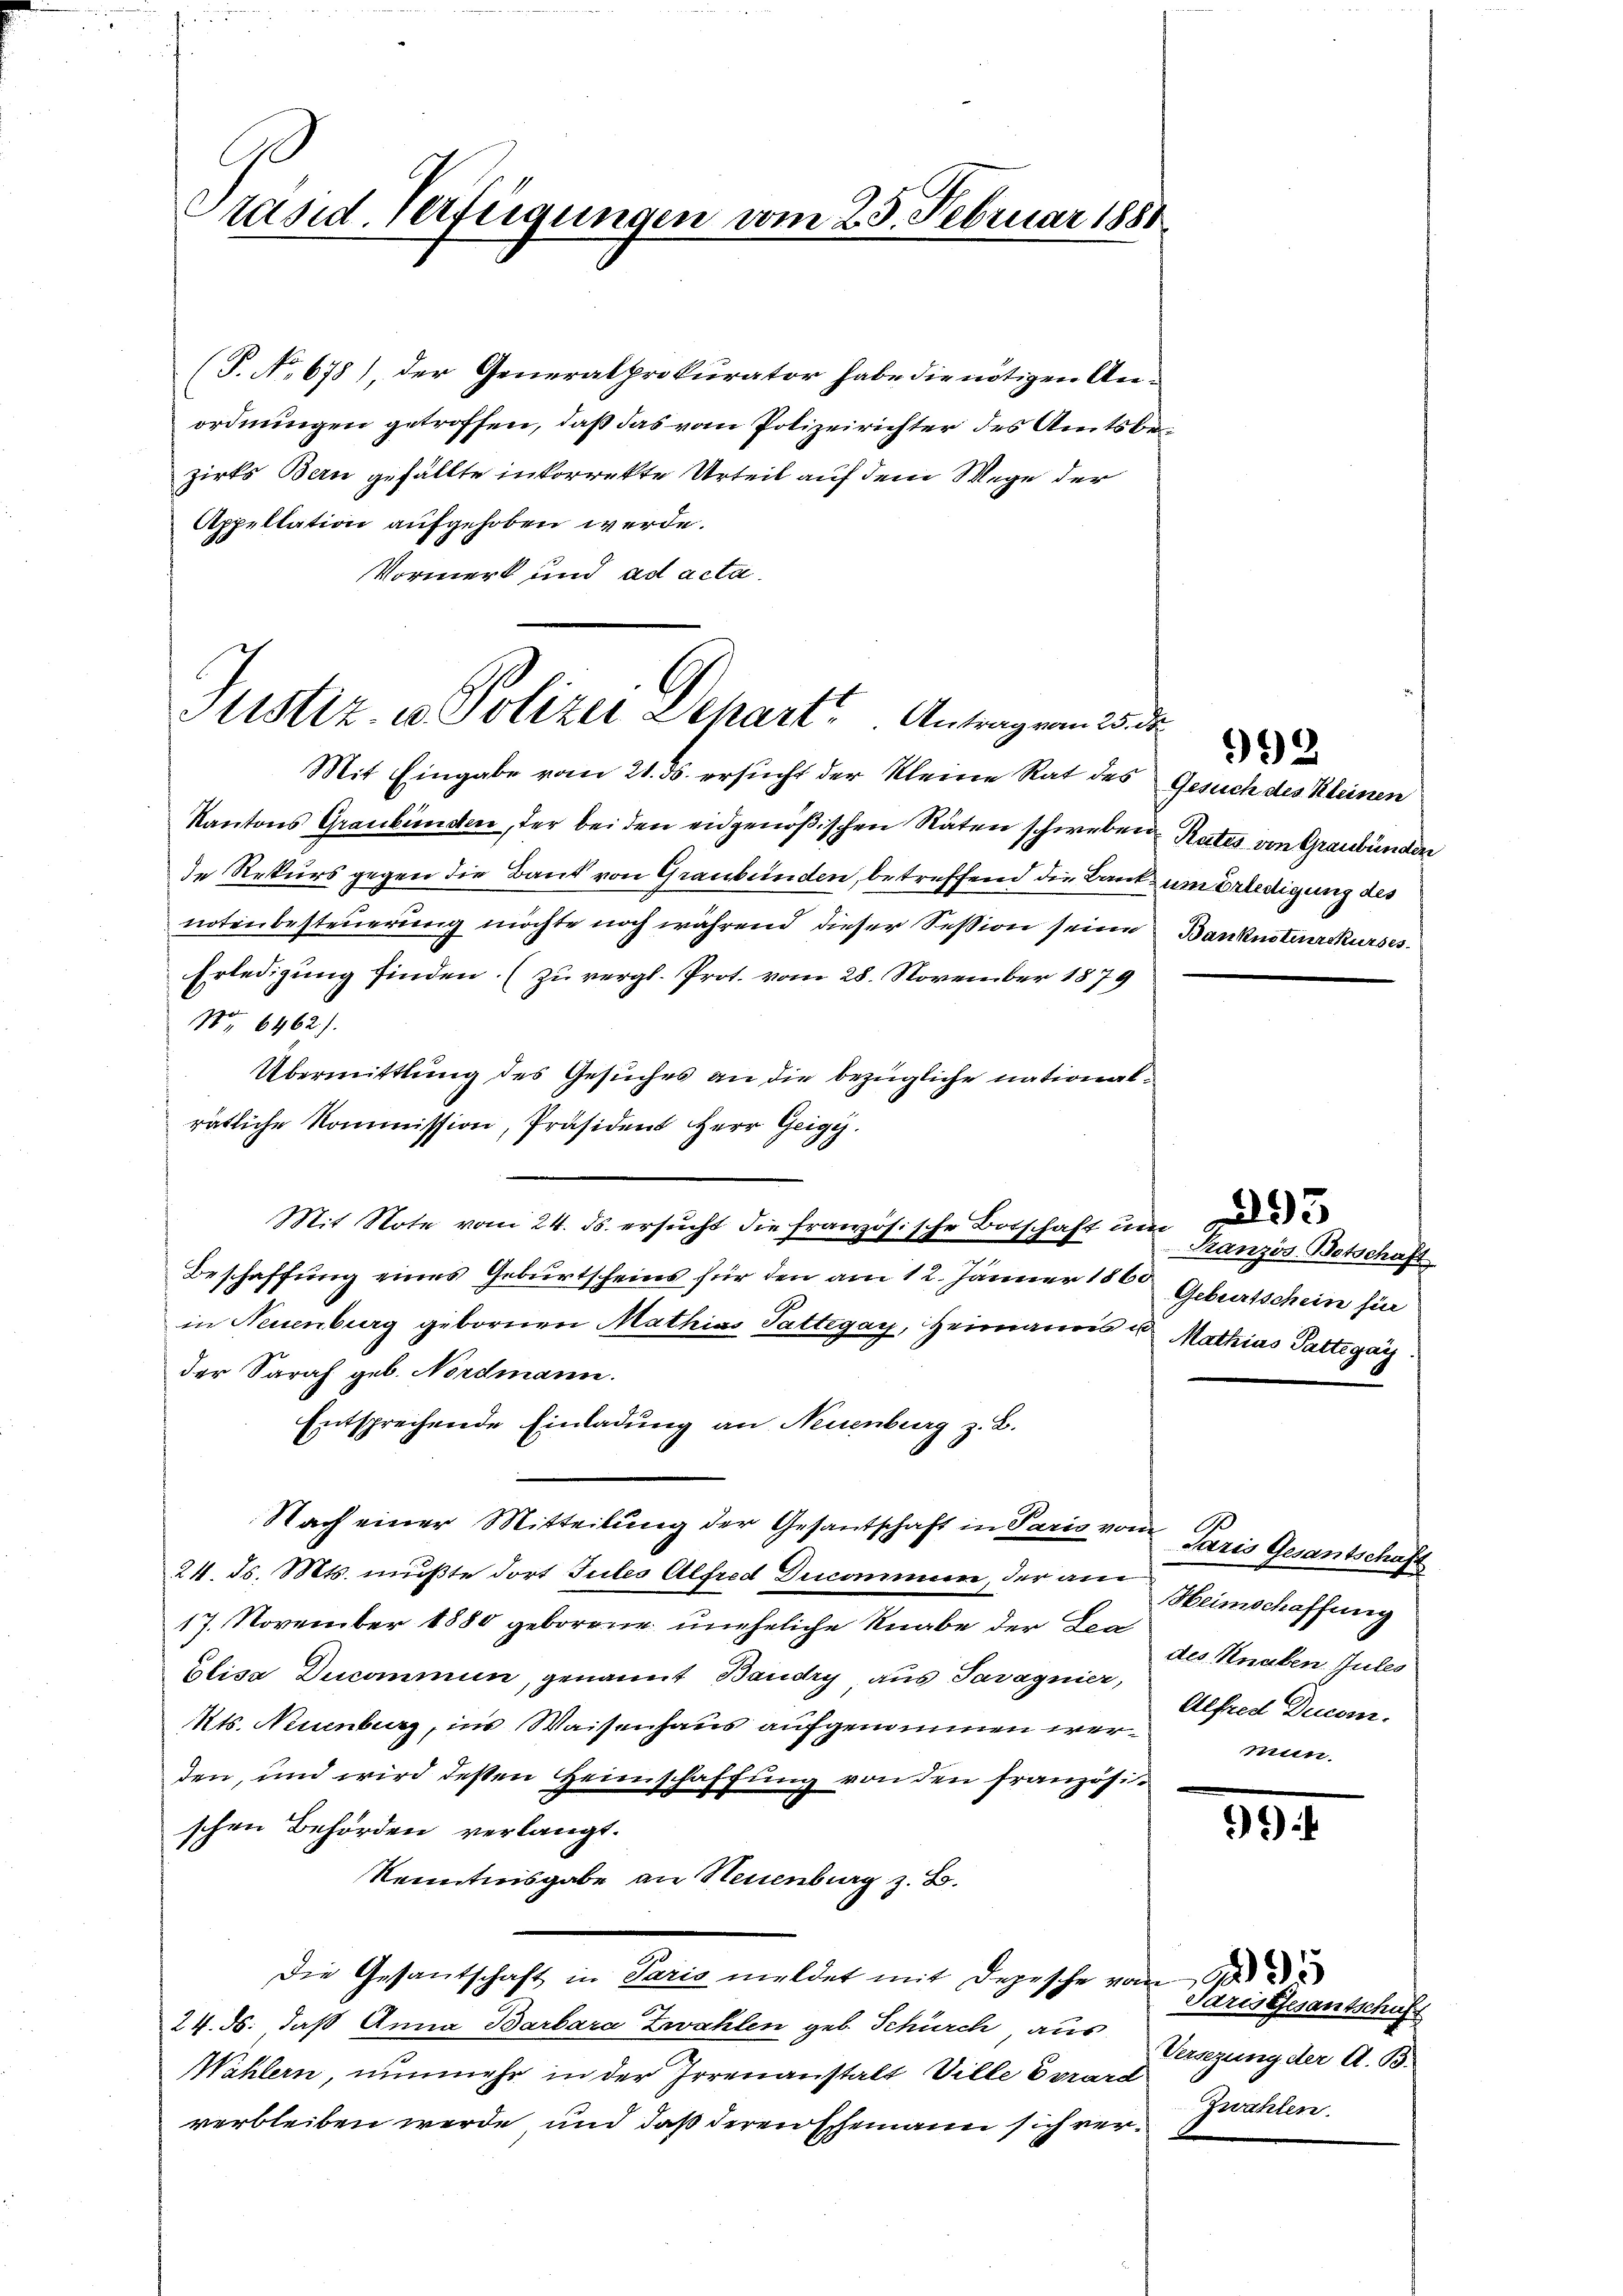
Appellation aufgehoben werde.
Vormerk und ad acta

Präsid. Verfügungen vom 23. Februar 1881

(P. No 678), der Generalprokurator habe die nötigen Anordnungen getroffen, daß das vom Polizeirichter des Amtsbezirks Bern gefällte inkorrekte Urteil auf dem Wege der

Justiz, in Polizei Dehart. Antragen 25. d.
Mit Eingabe vom 21. ds. ersucht der Kleine Rat des Gesuch des Kleinen

Kantons Graubünden, der bei den eidgenößischen Räten schweben Rates von Graubünden
de Rekurs gegen die Baud von Graubünden, betreffend die Laut um Erledigung des
notenbesteuerung möchte noch während dieser Session seine Banknotierskurses.
Erledigung finden. (zu vergl. Prot. vom 28. November 1879
No 6462).
Übermittlung des Gesuches an die bezügliche nationalrätliche Kommission, Präsident Herr Geige.
Mit Note vom 24. ds. ersucht die französische Botschaft und
Beschaffung eines Geburtscheins für den am 12. Jänner 1860
in Neuenburg gebornen Mathias Sattegay, Heimannis u. Mathias Pattegar
der Saraf geb. Nordmann.
Entsprechende Einladung an Neuenburg z. B.
Nach einer Mitteilung der Gesantschaft in Paris von Paris Gesantschaft
24. ds. Mts. müßte dort Gutes Alfred Ducommen, der am
17. November 1880 geborene uneheliche Knabe der La
Elisa Ducommun, genannt Baudry aus Paragnier, Alfred Decom
Mts. Neuenburg, ins Waisenhaus aufgenommen werden, und wird dessen Heimschaffung von den französischen Behörden verlangt.
Kenntnisgabe an Neuenburg z. B.
Die Gesantschaft in Paris meldet mit Depesche vom 6
24. ds. daß Anna Barbara Zwahlen geb. Schürch, aus Versezung der A. B.
Wählern, nunmehr in der Irrenanstalt Ville Evrard
verbleiben werde und daß deren Ehemann sich ver¬

992

Kranzös. Botschaft
Geburtschein für

Heimschaffung
des Knaben Jules
mun.

)

Saris Gesantschuss
Zwahlen.